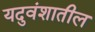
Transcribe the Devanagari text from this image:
यदुवंशातील